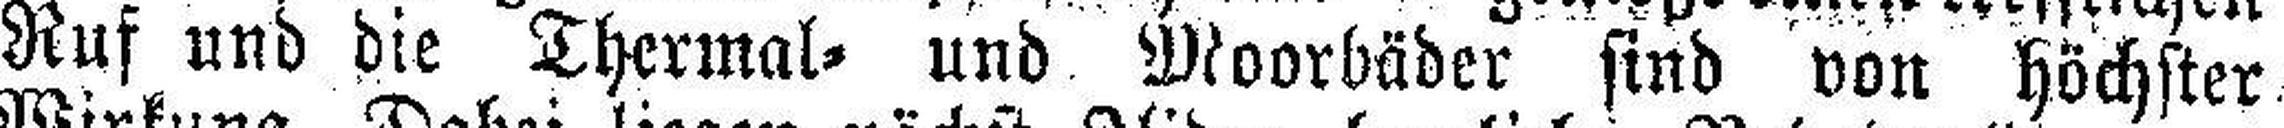
Ruf und die Thermal- und Moorbäder sind von höchster.